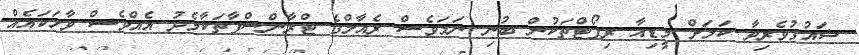
ޝައުގުވެރިވާ ކަމަށް މީޑިއާ ރިޕޯޓްތަކުން ބުނި ނަމަވެސް ރެއާލްގެ ޓްރާންސްފާތަކާމެދު އެއްވެސް ވާހަކައެއް